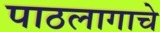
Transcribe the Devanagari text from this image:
पाठलागाचे